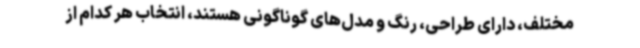
مختلف، دارای طراحی، رنگ و مدل‌های گوناگونی هستند، انتخاب هر کدام از